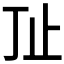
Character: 𰙚